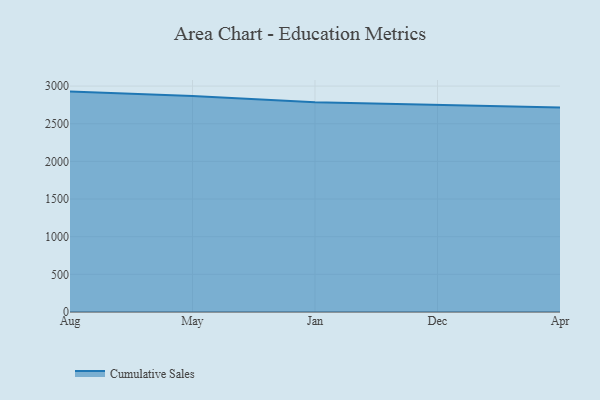
{"axis": {"x": "Month", "y": "Backlog"}, "legend": ["Cumulative Sales"], "data": [{"x": "Aug", "y": 2926.8, "type": "Cumulative Sales"}, {"x": "May", "y": 2868.6, "type": "Cumulative Sales"}, {"x": "Jan", "y": 2784.6, "type": "Cumulative Sales"}, {"x": "Dec", "y": 2751.6, "type": "Cumulative Sales"}, {"x": "Apr", "y": 2716.0, "type": "Cumulative Sales"}]}